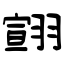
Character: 翧